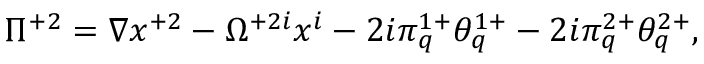
\Pi ^ { + 2 } = \nabla x ^ { + 2 } - \Omega ^ { + 2 i } x ^ { i } - 2 i \pi _ { q } ^ { 1 + } \theta _ { q } ^ { 1 + } - 2 i \pi _ { q } ^ { 2 + } \theta _ { q } ^ { 2 + } ,